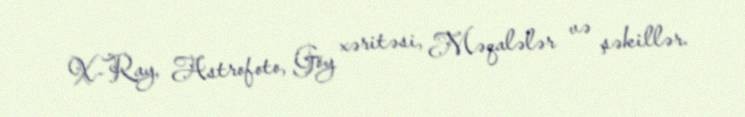
X-Ray, Astrofoto, Göy xəritəsi, Məqalələr və şəkillər.